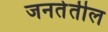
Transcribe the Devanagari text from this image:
जनतेतील